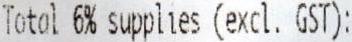
TOTAL 6% SUPPLIES (EXCL. GST):